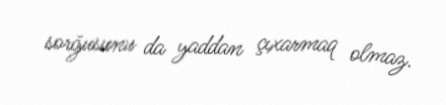
sorğusunu da yaddan çıxarmaq olmaz.